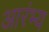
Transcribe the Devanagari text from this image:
आरंभ्य